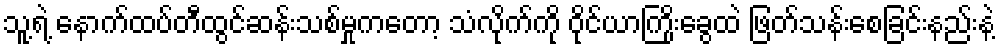
သူ့ရဲ့ နောက်ထပ်တီထွင်ဆန်းသစ်မှုကတော့ သံလိုက်ကို ဝိုင်ယာကြိုးခွေထဲ ဖြတ်သန်းစေခြင်းနည်းနဲ့